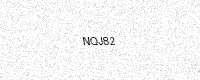
Text: NQJ82